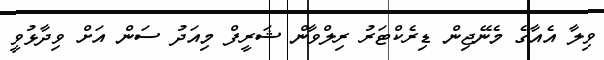
ވިލާ އެއާގެ މެނޭޖިން ޑިރެކްޓަރު ރިލްވާން ޝަރީފް މިއަދު ސަން އަށް ވިދާޅުވީ